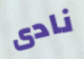
نادى